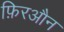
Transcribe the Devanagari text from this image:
फ़िरऔन